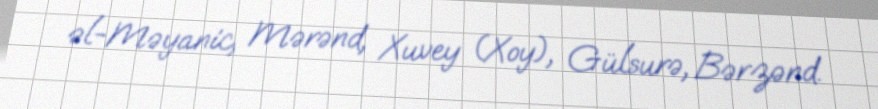
əl-Məyanic, Mərənd, Xuvey (Xoy), Gülsurə, Bərzənd.